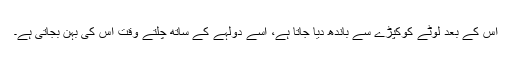
اس کے بعد لوٹے کوکپڑے سے باندھ دیا جاتا ہے، اسے دولہے کے ساتھ چلتے وقت اس کی بہن بجاتی ہے۔